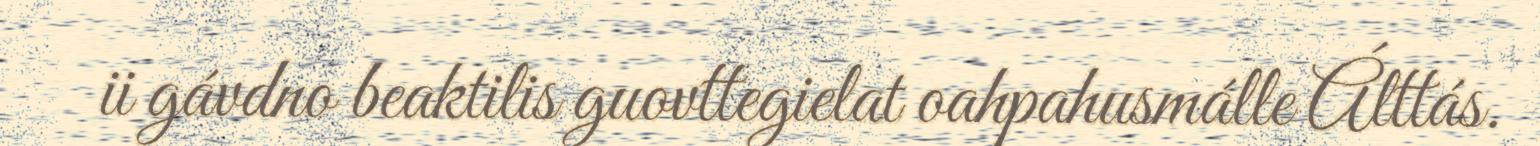
ii gávdno beaktilis guovttegielat oahpahusmálle Álttás.